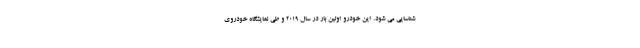
شناسایی می شود. این خودرو اولین بار در سال 2019 و طی نمایشگاه خودروی